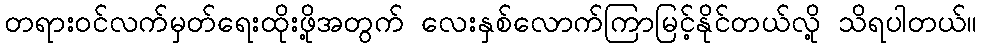
တရားဝင်လက်မှတ်ရေးထိုးဖို့အတွက် လေးနှစ်လောက်ကြာမြင့်နိုင်တယ်လို့ သိရပါတယ်။